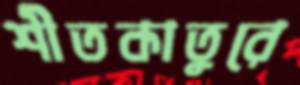
শীতকাতুরে